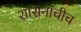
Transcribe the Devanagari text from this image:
शासनाचीच